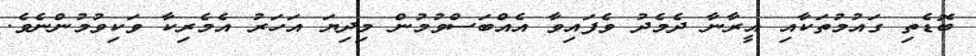
ބޮޑެތި ގައުމުތަކާއި އީރާނާ ދެމެދު ވެފައިވާ އެއްބަސްވުމުން މިދިޔަ އަހަރު އެމެރިކާ ވަކިވުމުންނެވެ.